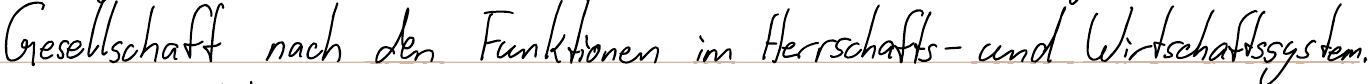
Gesellschaft nach den Funktionen im Herrschafts- und Wirtschaftssystem.